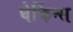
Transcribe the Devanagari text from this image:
घेर्किन्स